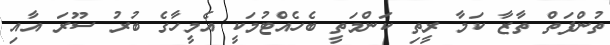
ތުންފަތް ތާޒާ ކަމާ ރީތި ކަންމަތީ ބެހެއްޓުމަކީ އެމީހާގެ ބުރު ސޫރަ އާއި